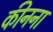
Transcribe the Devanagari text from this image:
कीनना